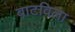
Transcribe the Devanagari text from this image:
बाटविला